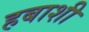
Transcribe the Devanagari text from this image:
हबाशी